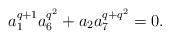
LaTeX: \begin{align*}a_1^{q+1}a_6^{q^2}+a_2a_7^{q+q^2}=0.\end{align*}